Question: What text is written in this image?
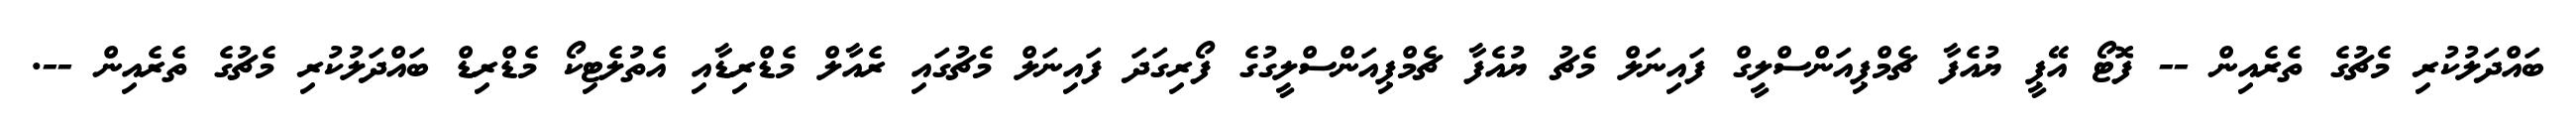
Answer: ބައްދަލުކުރި މެޗުގެ ތެރެއިން -- ފޮޓޯ އޭޕީ ޔުއެފާ ޗެމްޕިއަންސްލީގް ފައިނަލް މެޗު ޔުއެފާ ޗެމްޕިއަންސްލީގުގެ ފޯރިގަދަ ފައިނަލް މެޗުގައި ރެއާލް މެޑްރިޑާއި އެތުލެޓިކޯ މެޑްރިޑް ބައްދަލުކުރި މެޗުގެ ތެރެއިން --.